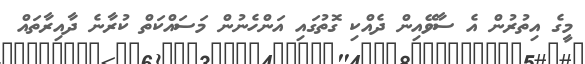
މީގެ އިތުރުން އެ ސާވޭއިން ދެއްކި ގޮތުގައި އަންހެނުން މަސައްކަތް ކުރާނެ ދާއިރާތައް